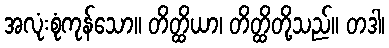
အလုံးစုံကုန်သော။ တိတ္ထိယာ၊ တိတ္ထိတို့သည်။ တဒါ၊